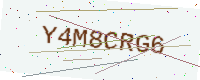
Text: Y4M8CRG6